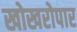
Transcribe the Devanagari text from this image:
खोखरोपार